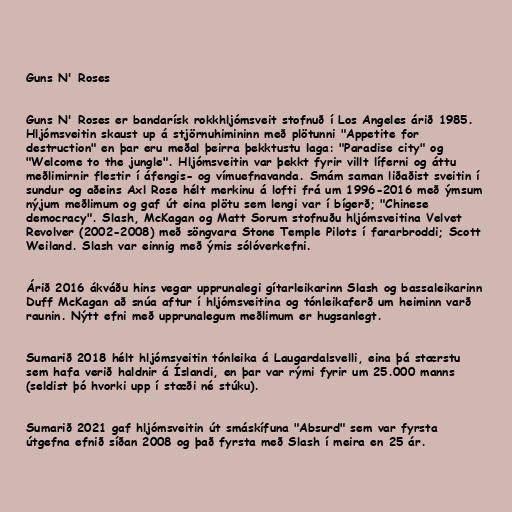
Guns N' Roses

Guns N' Roses er bandarísk rokkhljómsveit stofnuð í Los Angeles árið 1985.
Hljómsveitin skaust up á stjörnuhimininn með plötunni "Appetite for
destruction" en þar eru meðal þeirra þekktustu laga: "Paradise city" og
"Welcome to the jungle". Hljómsveitin var þekkt fyrir villt líferni og áttu
meðlimirnir flestir í áfengis- og vímuefnavanda. Smám saman liðaðist sveitin í
sundur og aðeins Axl Rose hélt merkinu á lofti frá um 1996-2016 með ýmsum
nýjum meðlimum og gaf út eina plötu sem lengi var í bígerð; "Chinese
democracy". Slash, McKagan og Matt Sorum stofnuðu hljómsveitina Velvet
Revolver (2002-2008) með söngvara Stone Temple Pilots í fararbroddi; Scott
Weiland. Slash var einnig með ýmis sólóverkefni.

Árið 2016 ákváðu hins vegar upprunalegi gítarleikarinn Slash og bassaleikarinn
Duff McKagan að snúa aftur í hljómsveitina og tónleikaferð um heiminn varð
raunin. Nýtt efni með upprunalegum meðlimum er hugsanlegt.

Sumarið 2018 hélt hljómsveitin tónleika á Laugardalsvelli, eina þá stærstu
sem hafa verið haldnir á Íslandi, en þar var rými fyrir um 25.000 manns
(seldist þó hvorki upp í stæði né stúku).

Sumarið 2021 gaf hljómsveitin út smáskífuna "Absurd" sem var fyrsta
útgefna efnið síðan 2008 og það fyrsta með Slash í meira en 25 ár.